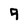
Character: 9